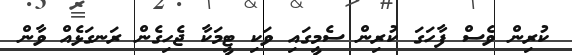
ކުރިން ވެސް ފާހަގަ ކުރިން ސެމީގައި ވަކި ޓީމަކާ ޖެހިގެން ރަނގަޅެއް ވާން